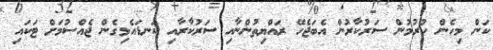
ކަން މިހެން ހުރުމުން ސަރުކާރުން އެބަޖެހޭ ރައްޔިތުންނާއި ސަރުކާރާއި ކަނޑައެޅިގެން ޖެއްސުމަށް ޓަކައި